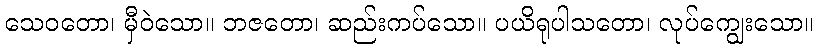
သေဝတော၊ မှီဝဲသော။ ဘဇတော၊ ဆည်းကပ်သော။ ပယိရုပါသတော၊ လုပ်ကျွေးသော။